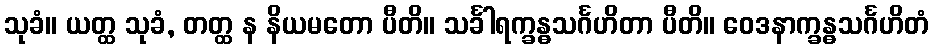
သုခံ။ ယတ္ထ သုခံ, တတ္ထ န နိယမတော ပီတိ။ သင်္ခါရက္ခန္ဓသင်္ဂဟိတာ ပီတိ။ ဝေဒနာက္ခန္ဓသင်္ဂဟိတံ